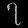
Digit: ၇